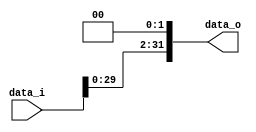
module Shift_Left32(
    data_i,
    data_o
);

input	[31:0]	data_i;
output	[31:0]	data_o;
assign data_o = data_i << 2;

endmodule